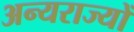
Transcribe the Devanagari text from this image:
अन्यराज्यों